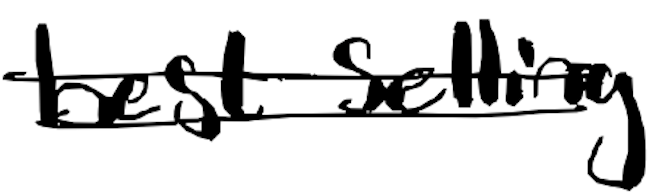
Text: best-selling
Cross-out: double-line
Writing tool: digital_black